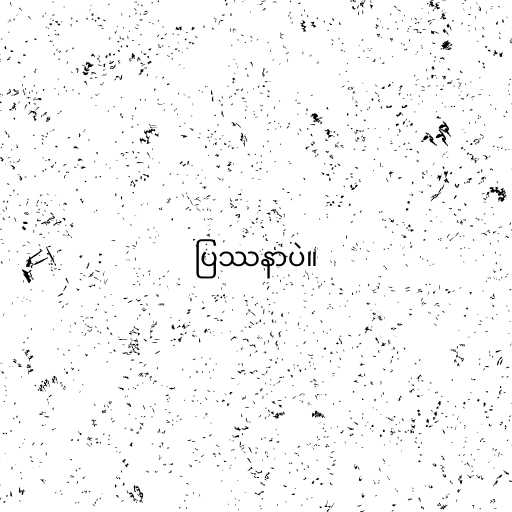
ပြဿနာပဲ။